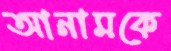
আনামকে